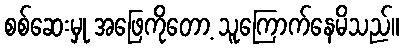
စစ်ဆေးမှု အဖြေကိုတော့ သူကြောက်နေမိသည်။